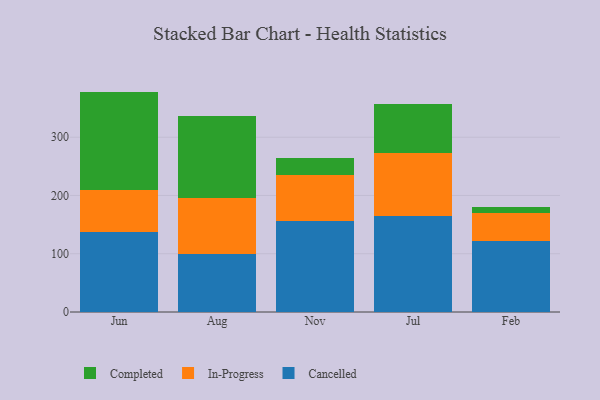
{"axis": {"x": "Month", "y": "Satisfaction Score"}, "legend": ["Cancelled", "Completed", "In-Progress"], "data": [{"x": "Jun", "y": 137.8, "type": "Cancelled"}, {"x": "Jun", "y": 70.9, "type": "In-Progress"}, {"x": "Jun", "y": 169.6, "type": "Completed"}, {"x": "Aug", "y": 99.6, "type": "Cancelled"}, {"x": "Aug", "y": 96.9, "type": "In-Progress"}, {"x": "Aug", "y": 140.7, "type": "Completed"}, {"x": "Nov", "y": 155.7, "type": "Cancelled"}, {"x": "Nov", "y": 79.7, "type": "In-Progress"}, {"x": "Nov", "y": 29.1, "type": "Completed"}, {"x": "Jul", "y": 165.4, "type": "Cancelled"}, {"x": "Jul", "y": 107.7, "type": "In-Progress"}, {"x": "Jul", "y": 83.4, "type": "Completed"}, {"x": "Feb", "y": 122.6, "type": "Cancelled"}, {"x": "Feb", "y": 47.0, "type": "In-Progress"}, {"x": "Feb", "y": 10.7, "type": "Completed"}]}